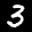
Label: 3